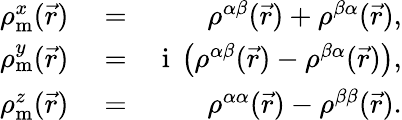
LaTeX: \begin{array}{rlr}{\rho_{\textrm{m}}^{x}(\vec{r})}&{{}=}&{\rho^{\alpha\beta}(\vec{r})+\rho^{\beta\alpha}(\vec{r}),}\\ {\rho_{\textrm{m}}^{y}(\vec{r})}&{{}=}&{\mathrm{~i~}\left(\rho^{\alpha\beta}(\vec{r})-\rho^{\beta\alpha}(\vec{r})\right),}\\ {\rho_{\textrm{m}}^{z}(\vec{r})}&{{}=}&{\rho^{\alpha\alpha}(\vec{r})-\rho^{\beta\beta}(\vec{r}).}\end{array}